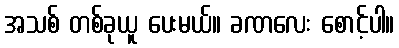
အသစ် တစ်ခုယူ ပေးမယ်။ ခဏလေး စောင့်ပါ။